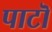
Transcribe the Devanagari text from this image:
पाटॊ